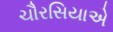
ચૌરસિયાએ